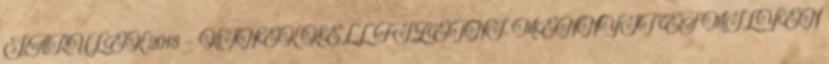
JÁRULÉK 2018 - KINEK KELL FIZETNI, MENNYIT ÉS MILYEN